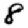
Digit: 8